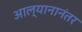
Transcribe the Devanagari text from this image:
आल्यानानंतर